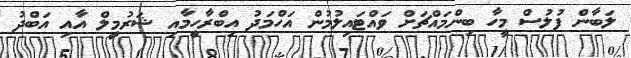
ލަބާން ފުލުސް މީހާ ބިންމައްޗަށް ވައްޓައިލުމުން އަހްމަދު އިބްރާހީމާއި ޝަރުމީލް އާއި އަބްދު